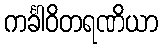
ကင်္ခါဝိတရဏိယာ